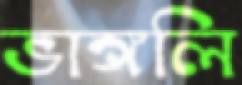
ভাঙ্গলি